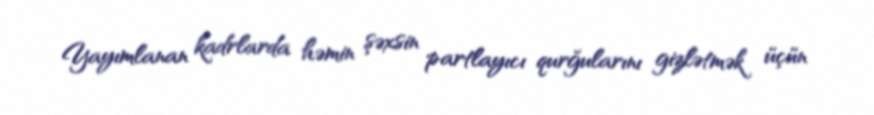
Yayımlanan kadrlarda həmin şəxsin partlayıcı qurğularını gizlətmək üçün